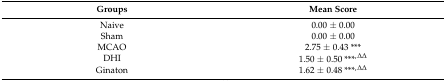
| Groups | Mean Score |
 | --- | --- |
 | Naive | 0.00 ± 0.00 |
 | Sham | 0.00 ± 0.00 |
 | MCAO | 2.75 ± 0.43 *** |
 | DHI | 1.50 ± 0.50 ***,∆∆ |
 | Ginaton | 1.62 ± 0.48 ***,∆∆ |